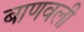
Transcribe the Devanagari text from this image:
बाणवली